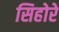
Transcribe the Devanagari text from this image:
सिहोरे